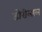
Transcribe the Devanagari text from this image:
डोरीलाल